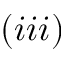
( i i i )